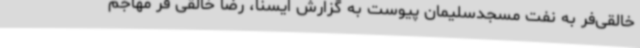
خالقی‌فر به نفت مسجدسلیمان پیوست به گزارش ایسنا، رضا خالقی فر مهاجم